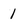
Character: 1